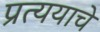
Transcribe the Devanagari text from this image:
प्रत्ययाचे